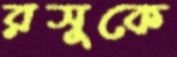
রসুকে